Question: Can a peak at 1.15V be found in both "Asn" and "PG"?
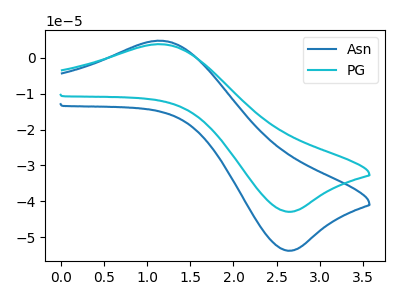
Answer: <think>The blue curve "Asn" has an anodic peak at (1.15V, 4.80uA) and a cathodic peak at (2.65V, -53.80uA). The cyan curve "PG" has an anodic peak at (1.15V, 3.80uA) and a cathodic peak at (2.65V, -42.95uA).</think>
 <answer>Yes, "Asn" and "PG" share a peak at 1.15V.</answer>
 <eval>match</eval>